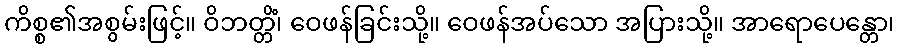
ကိစ္စ၏အစွမ်းဖြင့်။ ဝိဘတ္တိံ၊ ဝေဖန်ခြင်းသို့။ ဝေဖန်အပ်သော အပြားသို့။ အာရောပေန္တော၊